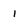
Character: 1